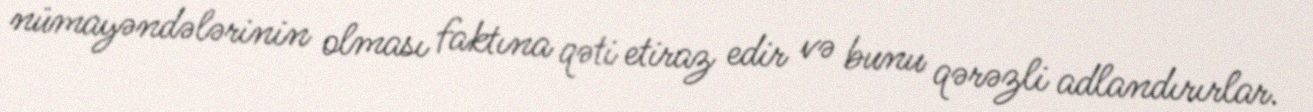
nümayəndələrinin olması faktına qəti etiraz edir və bunu qərəzli adlandırırlar.